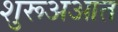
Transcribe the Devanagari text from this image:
शुरूअआत